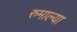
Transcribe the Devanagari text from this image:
रुमाल्या